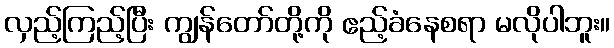
လှည့်ကြည့်ပြီး ကျွန်တော်တို့ကို ဧည့်ခံနေစရာ မလိုပါဘူး။